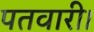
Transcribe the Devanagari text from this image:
पतवारी।